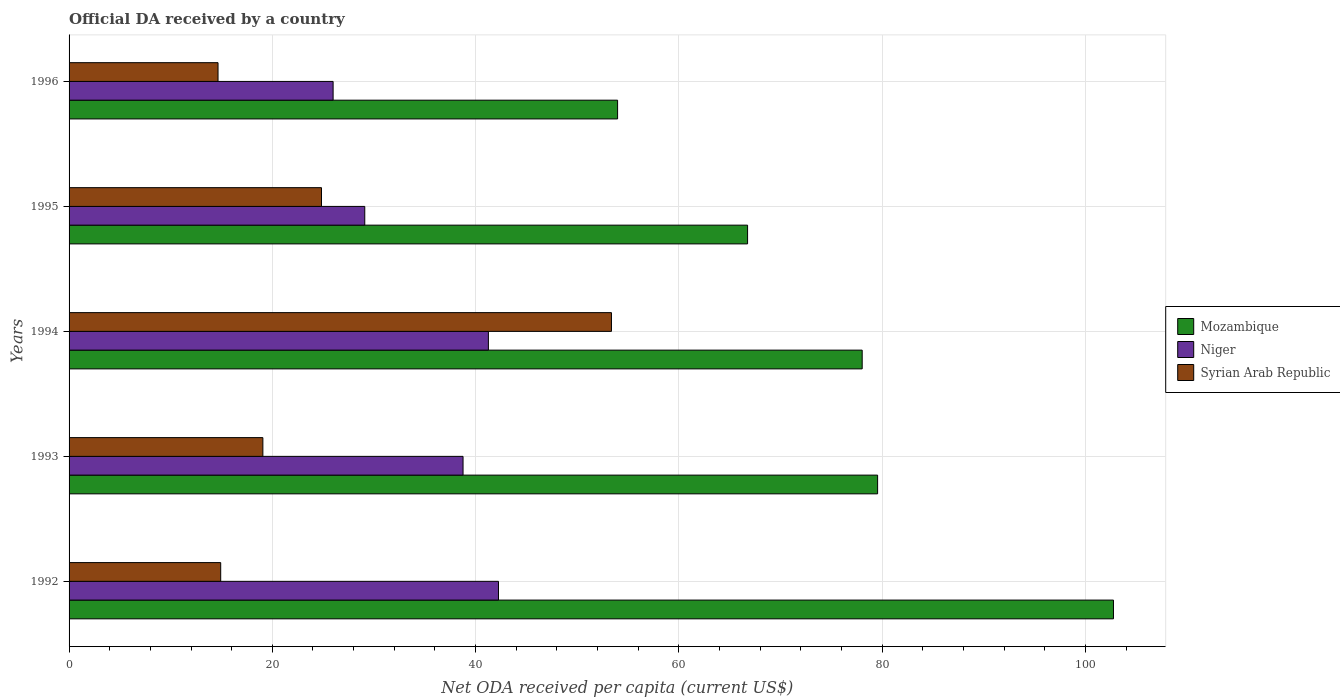
| Years | Mozambique | Niger | Syrian Arab Republic |
 | --- | --- | --- | --- |
 | 1992 | 103 | 42.3 | 14.9 |
 | 1993 | 79.6 | 38.8 | 19.1 |
 | 1994 | 78 | 41.3 | 53.4 |
 | 1995 | 66.8 | 29.1 | 24.8 |
 | 1996 | 54 | 26 | 14.7 |